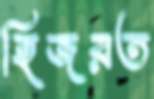
হিজরত